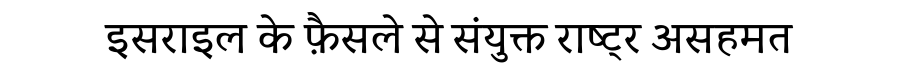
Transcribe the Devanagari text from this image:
इसराइल के फ़ैसले से संयुक्त राष्ट्र असहमत